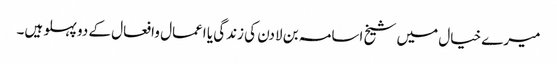
میرے خیال میں شیخ اسامہ بن لادن کی زندگی یا اعمال وافعال کے دو پہلو ہیں۔